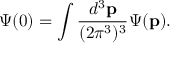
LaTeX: \Psi ( 0 ) = \int { \frac { d ^ { 3 } { \bf p } } { ( 2 \pi ^ { 3 } ) ^ { 3 } } } \Psi ( { \bf p } ) .